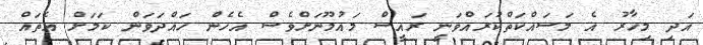
އަދި މިހާރު އެ މަސައްކަތްކުރައްވަނީ ރައީސް މައުމޫނަށްވެސް އެހެން ހައްދަވަން ކަމަށް އެތައް